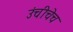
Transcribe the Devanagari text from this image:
उंचीचेच